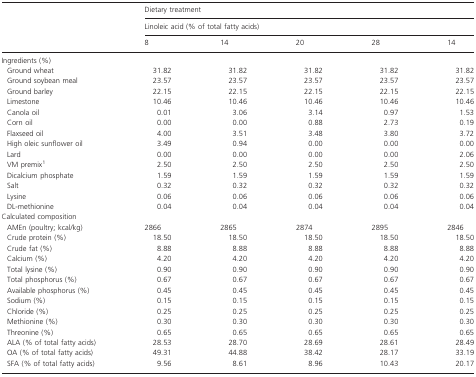
<table><thead><tr><td></td><td colspan="5"><b>Dietary treatment</b></td></tr><tr><td></td><td colspan="5"><b>Linoleic acid (% of total fatty acids)</b></td></tr><tr><td></td><td><b>8</b></td><td><b>14</b></td><td><b>20</b></td><td><b>28</b></td><td><b>14</b></td></tr></thead><tbody><tr><td colspan="6">Ingredients (%)</td></tr><tr><td> Ground wheat</td><td>31.82</td><td>31.82</td><td>31.82</td><td>31.82</td><td>31.82</td></tr><tr><td> Ground soybean meal</td><td>23.57</td><td>23.57</td><td>23.57</td><td>23.57</td><td>23.57</td></tr><tr><td> Ground barley</td><td>22.15</td><td>22.15</td><td>22.15</td><td>22.15</td><td>22.15</td></tr><tr><td> Limestone</td><td>10.46</td><td>10.46</td><td>10.46</td><td>10.46</td><td>10.46</td></tr><tr><td> Canola oil</td><td>0.01</td><td>3.06</td><td>3.14</td><td>0.97</td><td>1.53</td></tr><tr><td> Corn oil</td><td>0.00</td><td>0.00</td><td>0.88</td><td>2.73</td><td>0.19</td></tr><tr><td> Flaxseed oil</td><td>4.00</td><td>3.51</td><td>3.48</td><td>3.80</td><td>3.72</td></tr><tr><td> High oleic sunflower oil</td><td>3.49</td><td>0.94</td><td>0.00</td><td>0.00</td><td>0.00</td></tr><tr><td> Lard</td><td>0.00</td><td>0.00</td><td>0.00</td><td>0.00</td><td>2.06</td></tr><tr><td> VM premix1</td><td>2.50</td><td>2.50</td><td>2.50</td><td>2.50</td><td>2.50</td></tr><tr><td> Dicalcium phosphate</td><td>1.59</td><td>1.59</td><td>1.59</td><td>1.59</td><td>1.59</td></tr><tr><td> Salt</td><td>0.32</td><td>0.32</td><td>0.32</td><td>0.32</td><td>0.32</td></tr><tr><td> Lysine</td><td>0.06</td><td>0.06</td><td>0.06</td><td>0.06</td><td>0.06</td></tr><tr><td> DL-methionine</td><td>0.04</td><td>0.04</td><td>0.04</td><td>0.04</td><td>0.04</td></tr><tr><td colspan="6">Calculated composition</td></tr><tr><td> AMEn (poultry; kcal/kg)</td><td>2866</td><td>2865</td><td>2874</td><td>2895</td><td>2846</td></tr><tr><td> Crude protein (%)</td><td>18.50</td><td>18.50</td><td>18.50</td><td>18.50</td><td>18.50</td></tr><tr><td> Crude fat (%)</td><td>8.88</td><td>8.88</td><td>8.88</td><td>8.88</td><td>8.88</td></tr><tr><td> Calcium (%)</td><td>4.20</td><td>4.20</td><td>4.20</td><td>4.20</td><td>4.20</td></tr><tr><td> Total lysine (%)</td><td>0.90</td><td>0.90</td><td>0.90</td><td>0.90</td><td>0.90</td></tr><tr><td> Total phosphorus (%)</td><td>0.67</td><td>0.67</td><td>0.67</td><td>0.67</td><td>0.67</td></tr><tr><td> Available phosphorus (%)</td><td>0.45</td><td>0.45</td><td>0.45</td><td>0.45</td><td>0.45</td></tr><tr><td> Sodium (%)</td><td>0.15</td><td>0.15</td><td>0.15</td><td>0.15</td><td>0.15</td></tr><tr><td> Chloride (%)</td><td>0.25</td><td>0.25</td><td>0.25</td><td>0.25</td><td>0.25</td></tr><tr><td> Methionine (%)</td><td>0.30</td><td>0.30</td><td>0.30</td><td>0.30</td><td>0.30</td></tr><tr><td> Threonine (%)</td><td>0.65</td><td>0.65</td><td>0.65</td><td>0.65</td><td>0.65</td></tr><tr><td> ALA (% of total fatty acids)</td><td>28.53</td><td>28.70</td><td>28.69</td><td>28.61</td><td>28.49</td></tr><tr><td> OA (% of total fatty acids)</td><td>49.31</td><td>44.88</td><td>38.42</td><td>28.17</td><td>33.19</td></tr><tr><td> SFA (% of total fatty acids)</td><td>9.56</td><td>8.61</td><td>8.96</td><td>10.43</td><td>20.17</td></tr></tbody></table>